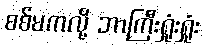
စစ်မကလို့ ဘာကြီးရှုံးရှုံး